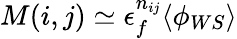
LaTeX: M(i,j)\simeq\epsilon_{f}^{n_{ij}}\langle\phi_{WS}\rangle